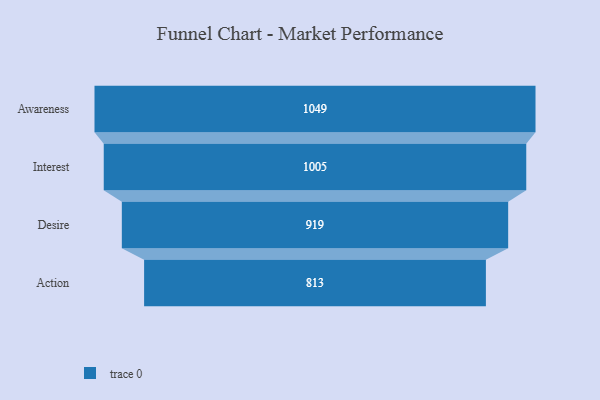
{"axis": {"x": "Stage", "y": "Value"}, "legend": [""], "data": [{"x": "Awareness", "y": 1049.0, "type": ""}, {"x": "Interest", "y": 1005.0, "type": ""}, {"x": "Desire", "y": 919.0, "type": ""}, {"x": "Action", "y": 813.0, "type": ""}]}